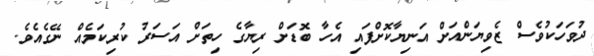
ދުވަހަކުވެސް ޒެވިޔަންއަށް އަނިޔާކޮށްފައި އެހާ ބޮޑަށް ރިޔާގެ ހިތަށް އަސަރު ކުރިކަމެއް ނޭގެއެވެ.